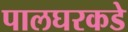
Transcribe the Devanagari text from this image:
पालघरकडे